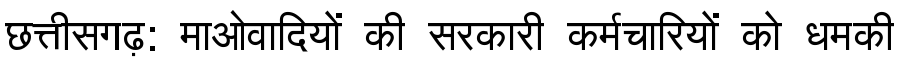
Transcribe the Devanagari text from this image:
छत्तीसगढ़: माओवादियों की सरकारी कर्मचारियों को धमकी